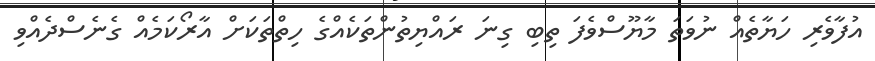
އުފާވެރި ހަޔާތެއް ނުވަތަ މާޔޫސްވެފަ ތިބި ގިނަ ރައްޔިތުންތަކެއްގެ ހިތްތަކަށް އާރޯކަމެއް ގެނެސްދެއްވި